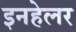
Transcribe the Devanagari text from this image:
इनहेलर